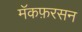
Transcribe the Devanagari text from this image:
मॅकफ़रसन